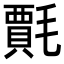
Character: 𭯦